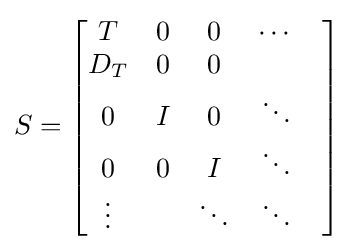
S={\begin{bmatrix}T&0&0&\cdots &\\D_{T}&0&0&&\\0&I&0&\ddots \\0&0&I&\ddots \\\vdots &&\ddots &\ddots \end{bmatrix}}